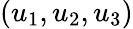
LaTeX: (u_{1},u_{2},u_{3})